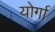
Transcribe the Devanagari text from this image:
योर्गा